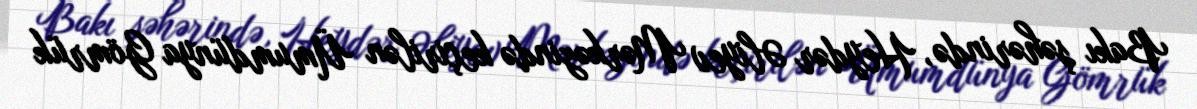
Bakı şəhərində, Heydər Əliyev Mərkəzində keçirilən Ümumdünya Gömrük